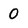
Character: 0